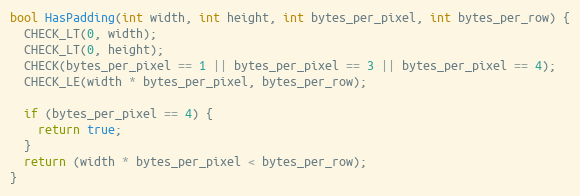
Language: C++
bool HasPadding(int width, int height, int bytes_per_pixel, int bytes_per_row) {
  CHECK_LT(0, width);
  CHECK_LT(0, height);
  CHECK(bytes_per_pixel == 1 || bytes_per_pixel == 3 || bytes_per_pixel == 4);
  CHECK_LE(width * bytes_per_pixel, bytes_per_row);

  if (bytes_per_pixel == 4) {
    return true;
  }
  return (width * bytes_per_pixel < bytes_per_row);
}